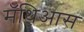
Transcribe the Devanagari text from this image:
मॅथिआस